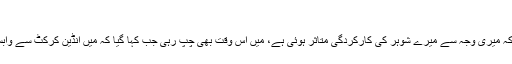
‘
’میں اس وقت چپ رہی جب کہا گیا کہ میری وجہ سے میرے شوہر کی کارکردگی متاثر ہوئی ہے، میں اس وقت بھی چپ رہی جب کہا گیا کہ میں انڈین کرکٹ سے وابستہ معاملات میں مداخلت کرتی ہوں۔